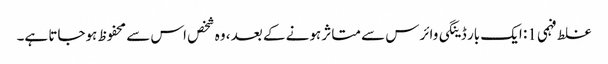
غلط فہمی 1: ایک بار ڈینگی وائرس سے متاثر ہونے کے بعد ، وہ شخص اس سے محفوظ ہوجاتا ہے۔